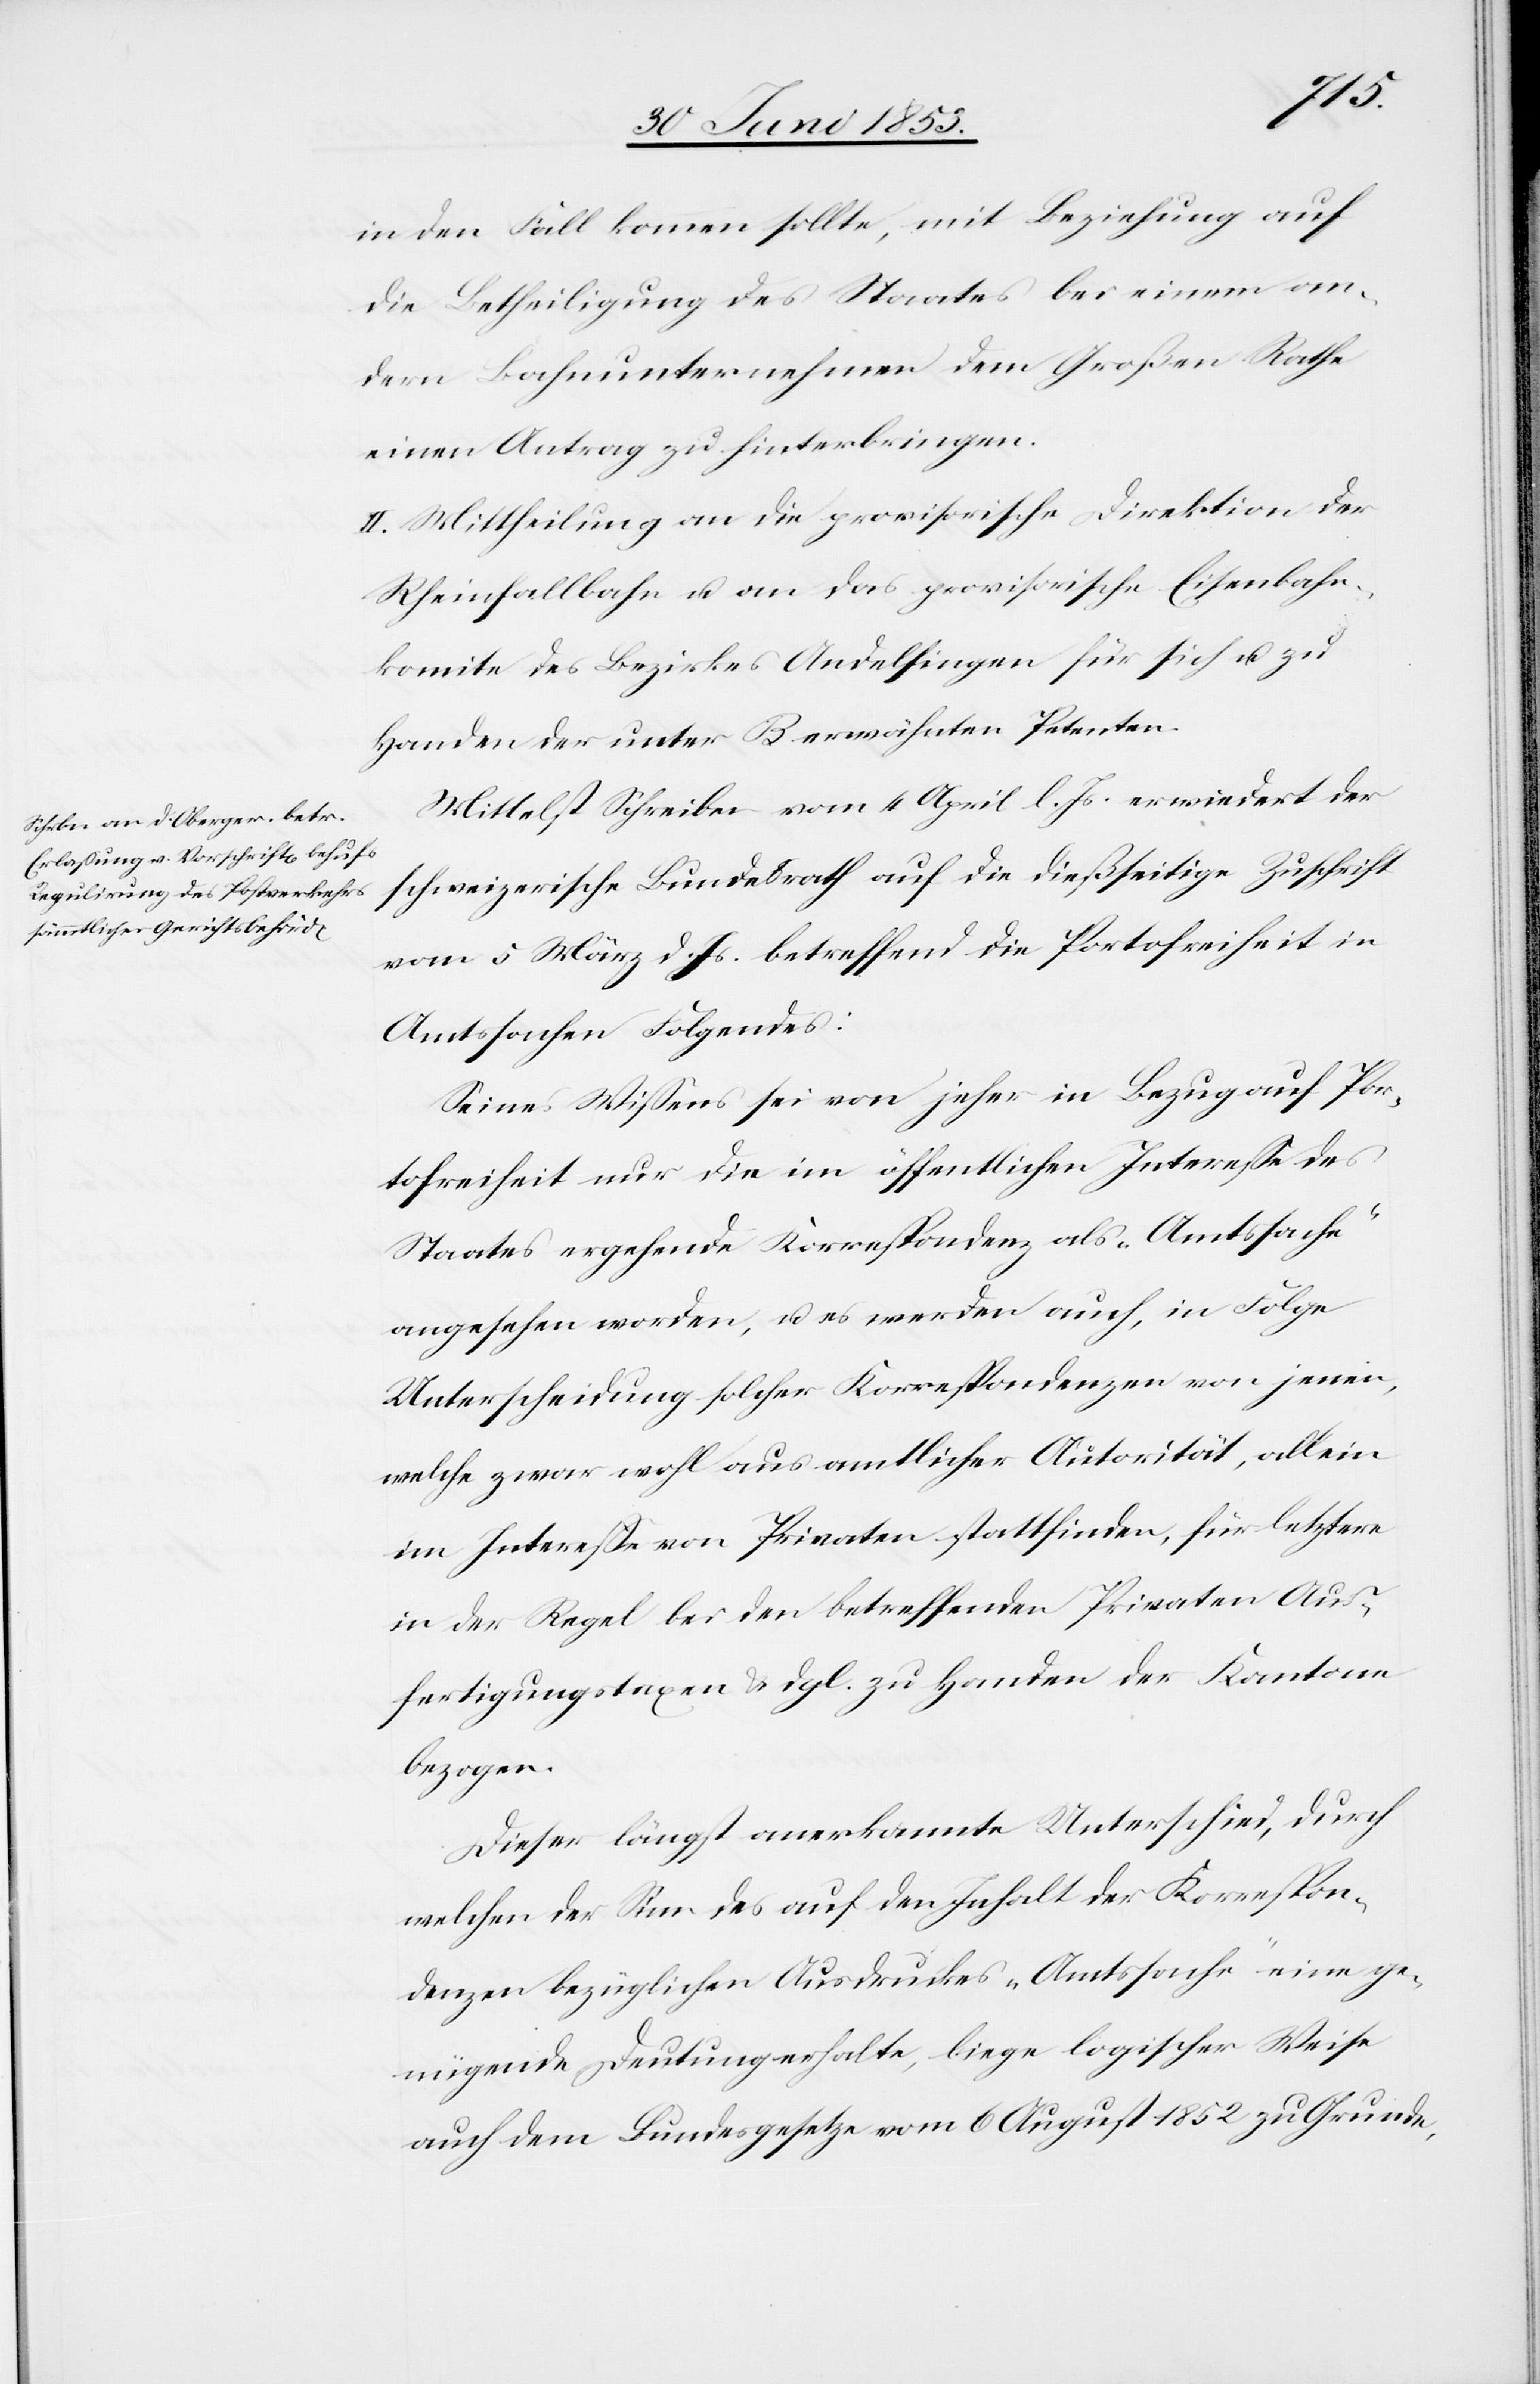
die
in den Fall kommen sollte mit Beziehung auf
die Betheiligung des Staates bei einem an¬
dern Bahnunternehmen dem Großen Rathe
einen Antrag zu hinterbringen.
II. Mittheilung an die provisorische Direktion der
Rheinfallbahn u. an das provisorische Eisenbahn¬
komite des Bezirkes Andelfingen für sich u. zu
Handen der unter B erwähnten Petenten.
Mittelst Schreiben vom 4 April l. Js. erwiedert der
vom 5 März d. Js. betreffend die Portofreiheit in
Amtssachen Folgendes:
Seines Wißens sei von jeher in Bezug auf Por¬
tofreiheit nur in die im öffentlichen Intereße des
Staates ergehende Korrespondenz als „Amtssache“
angesehen worden, u. es werden auch, in Folge
Unterscheidung solcher Korrespondenzen von jenen,
welche zwar wohl aus amtlicher Autorität allein
im Intereße von Privaten stattfinden, für letztere
in der Regel bei den betreffenden Privaten Aus¬
fertigungstaxen u. dgl. zu Handen der Kantone
bezogen.
Dieser längst anerkannte Unterschied, durch
welchen der Sinn des auf den Inhalt der Korrespon¬
denzen bezüglichen Ausdruckes „Amtssache“ eine ge¬
nügende Deutung erhalte, liege logischer Weise
auch dem Bundesgesetze vom 6 August 1852 zu Grunde,